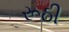
રૂઠી